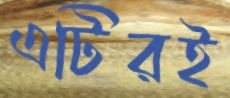
এটিরই